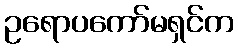
ဥရောပကော်မရှင်က